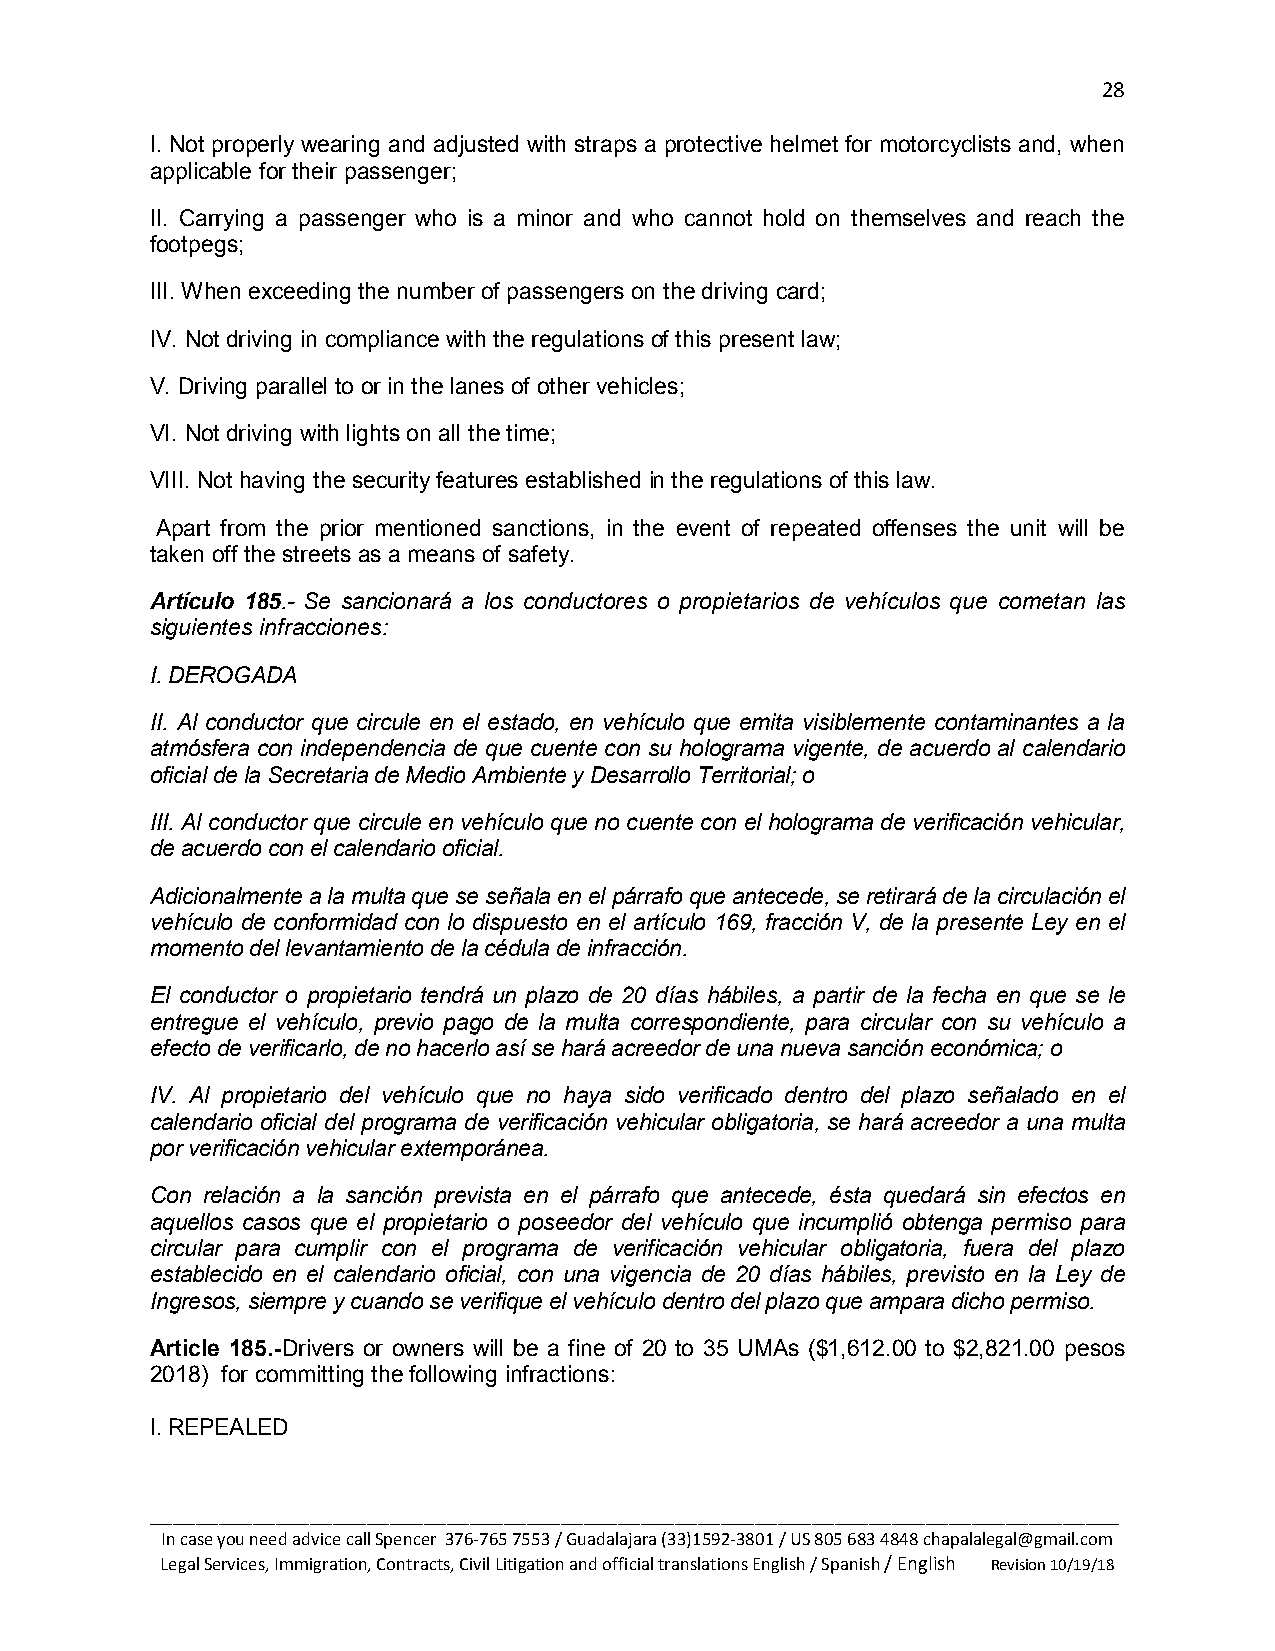
28
 I. Not properly wearing and adjusted with straps a protective helmet for motorcyclists and, when
 applicable for their passenger;
 II. Carrying a passenger who is a minor and who cannot hold on themselves and reach the
 footpegs;
 III. When exceeding the number of passengers on the driving card;
 IV. Not driving in compliance with the regulations of this present law;
 V. Driving parallel to or in the lanes of other vehicles;
 VI. Not driving with lights on all the time;
 VIII. Not having the security features established in the regulations of this law.
 Apart from the prior mentioned sanctions, in the event of repeated offenses the unit will be
 taken off the streets as a means of safety.
 Artículo 185.- Se sancionará a los conductores o propietarios de vehículos que cometan las
 siguientes infracciones:
 I. DEROGADA
 II. Al conductor que circule en el estado, en vehículo que emita visiblemente contaminantes a la
 atmósfera con independencia de que cuente con su holograma vigente, de acuerdo al calendario
 oficial de la Secretaria de Medio Ambiente y Desarrollo Territorial; o
 III. Al conductor que circule en vehículo que no cuente con el holograma de verificación vehicular,
 de acuerdo con el calendario oficial.
 Adicionalmente a la multa que se señala en el párrafo que antecede, se retirará de la circulación el
 vehículo de conformidad con lo dispuesto en el artículo 169, fracción V, de la presente Ley en el
 momento del levantamiento de la cédula de infracción.
 El conductor o propietario tendrá un plazo de 20 días hábiles, a partir de la fecha en que se le
 entregue el vehículo, previo pago de la multa correspondiente, para circular con su vehículo a
 efecto de verificarlo, de no hacerlo así se hará acreedor de una nueva sanción económica; o
 IV. Al propietario del vehículo que no haya sido verificado dentro del plazo señalado en el
 calendario oficial del programa de verificación vehicular obligatoria, se hará acreedor a una multa
 por verificación vehicular extemporánea.
 Con relación a la sanción prevista en el párrafo que antecede, ésta quedará sin efectos en
 aquellos casos que el propietario o poseedor del vehículo que incumplió obtenga permiso para
 circular para cumplir con el programa de verificación vehicular obligatoria, fuera del plazo
 establecido en el calendario oficial, con una vigencia de 20 días hábiles, previsto en la Ley de
 Ingresos, siempre y cuando se verifique el vehículo dentro del plazo que ampara dicho permiso.
 Article 185.-Drivers or owners will be a fine of 20 to 35 UMAs ($1,612.00 to $2,821.00 pesos
 2018) for committing the following infractions:
 I. REPEALED
 _____________________________________________________________________________________
 In case you need advice call Spencer 376-765 7553 / Guadalajara (33)1592-3801 / US 805 683 4848 chapalalegal@gmail.com
 Legal Services, Immigration, Contracts, Civil Litigation and official translations English / Spanish / English Revision 10/19/18